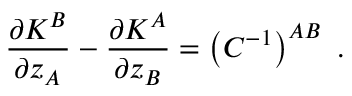
\frac { \partial K ^ { B } } { \partial z _ { A } } - \frac { \partial K ^ { A } } { \partial z _ { B } } = \left( C ^ { - 1 } \right) ^ { A B } \ .